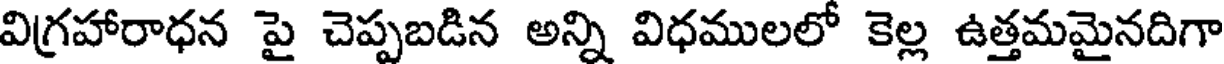
విగ్రహారాధన పై చెప్పబడిన అన్ని విధములలో కెల్ల ఉత్తమమైనదిగా